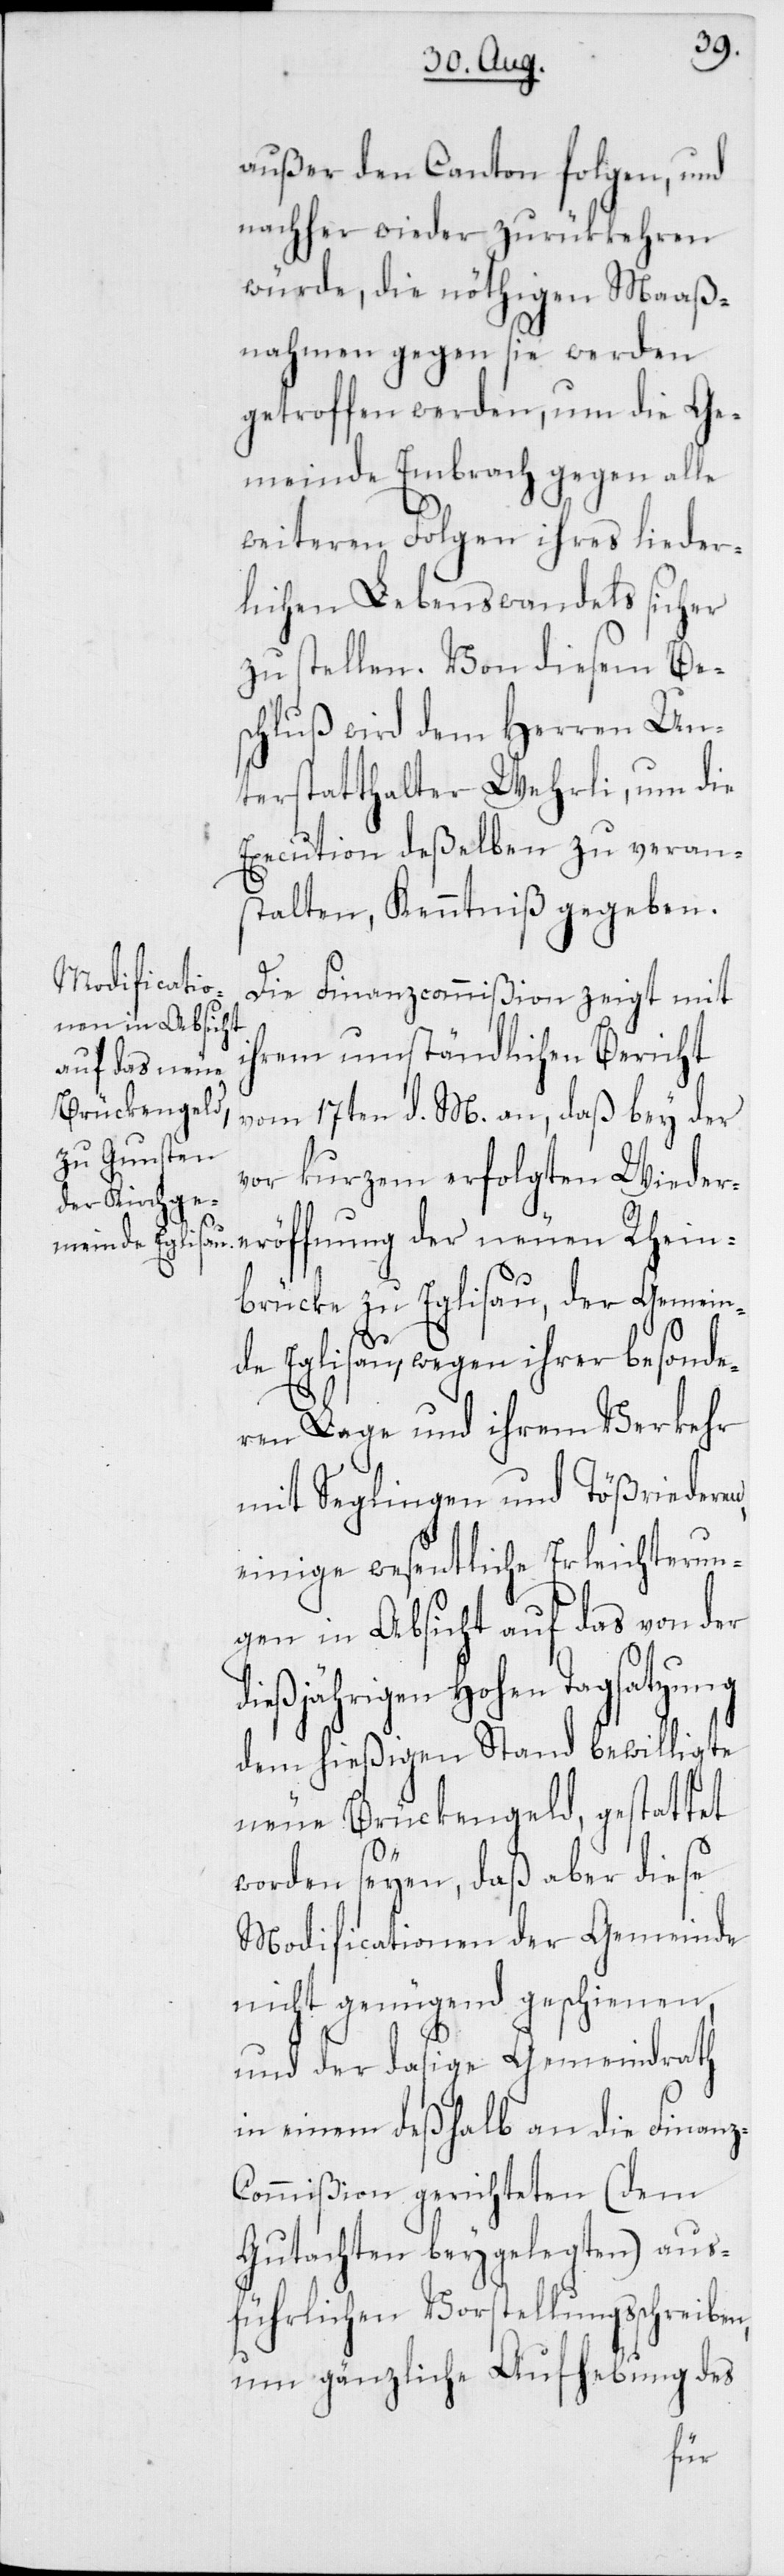
außer den Canton folgen, und
nachher wieder zurükkehren
würde, die nöthigen Maaß¬
nahmen gegen sie werden
getroffen werden, um die Ge¬
meinde Embrach gegen alle
weiteren Folgen ihres lieder¬
lichen Lebenswandels sicher
zu stellen. Von diesem Bes¬
chluß wird dem Herren Un¬
terstatthalter Wehrli, um die
Execution deßelben zu veran¬
stalten, Kenntniß gegeben.
Die Finanzcommißion zeigt mit
ihrem umständlichen Bericht
vom 17ten d. M. an, daß bey der
vor kurzem erfolgten Wieder¬
eröffnung der neuen Rhein¬
brücke zu Eglisau, der Gemein¬
de Eglisau, wegen ihrer besonde¬
ren Lage und ihrem Verkehr
mit Seglingen und Tößriederen,
einige wesentliche Erleichterun¬
gen in Absicht auf das von der
dießjährigen Hohen Tagsatzung
dem hießigen Stand bewilligte
neue Brückengeld, gestattet
worden seyen, daß aber diese
Modificationen der Gemeinde
nicht genügend geschienen,
und der dasige Gemeindrath
in einem deßhalb an die Finan¬
ommißion gerichteten (dem
Gutachten beygelegten) aus¬
führlichen Vorstellungsschreiben,
um gänzliche Aufhebung des
z-C¬